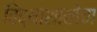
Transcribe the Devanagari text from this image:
विद्याशाखेचा